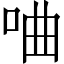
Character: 㖆